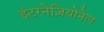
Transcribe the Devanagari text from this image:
इंटरनेज़ियोनेल